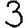
Digit: 3